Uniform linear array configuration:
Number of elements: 16
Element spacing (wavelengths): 0.25
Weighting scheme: exponential
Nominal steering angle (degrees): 30
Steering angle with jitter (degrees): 31.523
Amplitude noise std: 0.05
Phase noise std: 0.05

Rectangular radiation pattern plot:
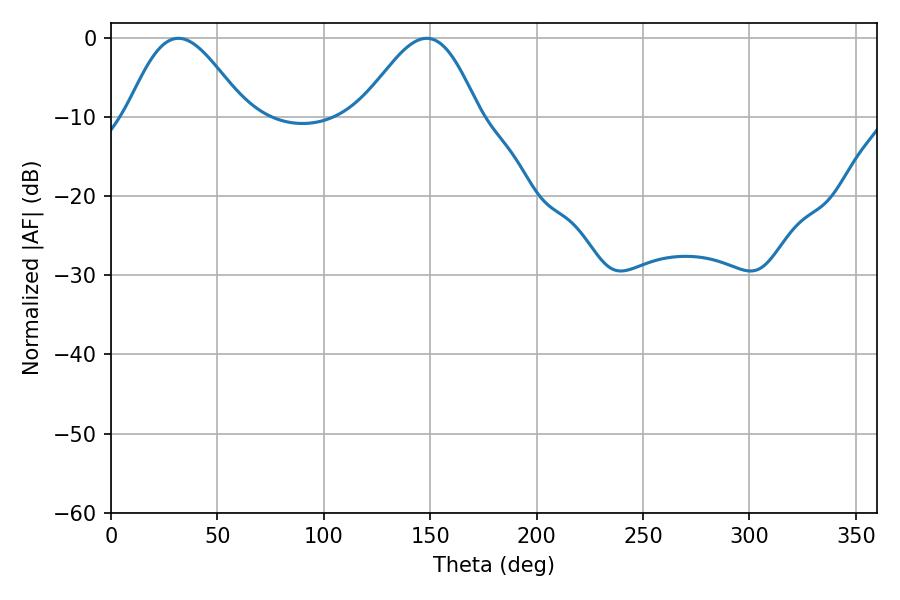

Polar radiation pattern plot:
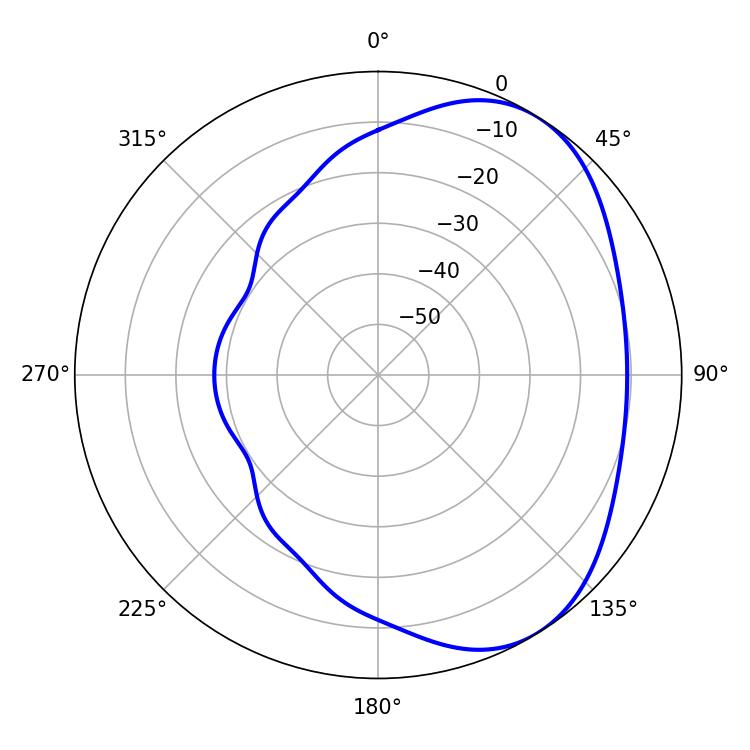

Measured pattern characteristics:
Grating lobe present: FALSE
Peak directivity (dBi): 4.599
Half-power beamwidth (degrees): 29.7
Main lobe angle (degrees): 31.68